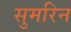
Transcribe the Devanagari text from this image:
सुमरिन